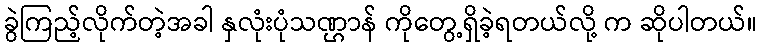
ခွဲကြည့်လိုက်တဲ့အခါ နှလုံးပုံသဏ္ဌာန် ကိုတွေ့ရှိခဲ့ရတယ်လို့ က ဆိုပါတယ်။